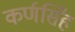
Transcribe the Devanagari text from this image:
कर्णसिँह